system: You are a helpful assistant.
user:
Analyze the provided spectrum to determine if it is a **White Dwarf (WD)**.

A White Dwarf spectrum is defined by its **extreme purity** (due to gravitational settling) and/or **extreme pressure broadening** (due to high surface gravity). You must check for one of the following mutually exclusive signatures:

- **Key Visual Indicators (Check for ONE of these types):**

    - **1. DA-Type Signature (Most Common):**
        - **(Primary Feature):** Extreme pressure broadening (Stark broadening) of the **Hydrogen (H) Balmer lines**.
        - **(Key Lines):** $H\beta$ (approx. $4861$ Å) and $H\gamma$ (approx. $4340$ Å). $H\alpha$ (approx. $6563$ Å) will also be present if the wavelength range covers it.
        - **(Line Profile):** This is the **defining feature**. The lines are **NOT** sharp. They appear as massive, **extremely broad and deep "troughs" or "dips"** in the spectrum, often hundreds of Ångströms wide. The continuum will appear to "scoop" down at these wavelengths.
        - **(Distinction):** Normal A-type or B-type stars have *narrow* and *sharp* Hydrogen lines. A DA White Dwarf's lines are unmistakably "smeared" or "blurry" from pressure.

    - **2. DB-Type Signature:**
        - **(Primary Feature):** Broad absorption lines from **Neutral Helium (He I)**. The spectrum must lack any visible Hydrogen lines.
        - **(Key Lines):** Look for broad absorption near $4471$ Å, $4921$ Å, and $5876$ Å.
        - **(Line Profile):** These lines are also significantly pressure-broadened, appearing much wider than they would in a normal B-type main-sequence star.

    - **3. DC-Type Signature:**
        - **(Primary Feature):** A **featureless continuous spectrum**.
        - **(Line Profile):** The spectrum is a smooth curve with **no significant absorption or emission lines**.
        - **(Key Confirmation):** The continuum is almost always **blue or white**, indicating a hot object. This signature implies the atmosphere is so pure (or so cool) that no spectral lines are visible in the optical range. Its WD identity is confirmed by its extremely low intrinsic brightness (high absolute magnitude).

    - **4. DZ-Type Signature (Metal-Polluted):**
        - **(Primary Feature):** **Isolated, narrow metal absorption lines** on an otherwise featureless (DC-like) continuum.
        - **(Key Lines):** The **Calcium (Ca II) H & K doublet** (approx. **$3934$ Å** and **$3968$ Å**) is the most common and defining feature.
        - **(Line Profile):** These lines are "out of place." They are *not* part of a "forest" of thousands of lines. This signature is evidence of recent *accretion* (pollution) from rocky debris.
        - **(Distinction):** Normal G/K/M stars have a *dense forest* of thousands of metal lines. A DZ has a *clean* continuum with *only a few* strong metal lines.

    - **5. DQ-Type Signature (Carbon-Polluted):**
        - **(Primary Feature):** Absorption bands from **Carbon (C₂ "Swan Bands" or atomic C I)**.
        - **(Key Lines - C₂):** Look for bandheads with a "saw-tooth" shape near $5635$ Å, **$5165$ Å** (strongest), and $4737$ Å.
        - **(Key Confirmation):** The underlying **continuum must be blue or white** (hot).
        - **(Distinction):** This is the critical difference from a **Carbon Star**, which has the *exact same* C₂ bands but on an extremely **red, cool** continuum.

- **(Overall Spectrum):**
    - The continuum (overall shape) is typically **blue-sloping** (brighter in the blue than the red), as most white dwarfs are very hot.
    - The spectrum will look "pure" or "simple," dominated by only *one* of the five signatures listed above.

Think first, call **spectral_visualization_tool** if needed to examine features in detail, then provide your final answer. Your response must adhere to the following strict rules:
1.  **Overall Structure:** Your response must follow the format `<think>...</think> <tool_call>...</tool_call> (if a tool is used) <answer>...</answer>`.
2.  **Tool Usage Constraint:** You may only make **one** tool call per turn.
3.  **Final Answer Format:** In the `<answer>` tag, your conclusion must be inside a `\boxed{}` command (e.g., `\boxed{YES}` or `\boxed{NO}`), followed by your justification.

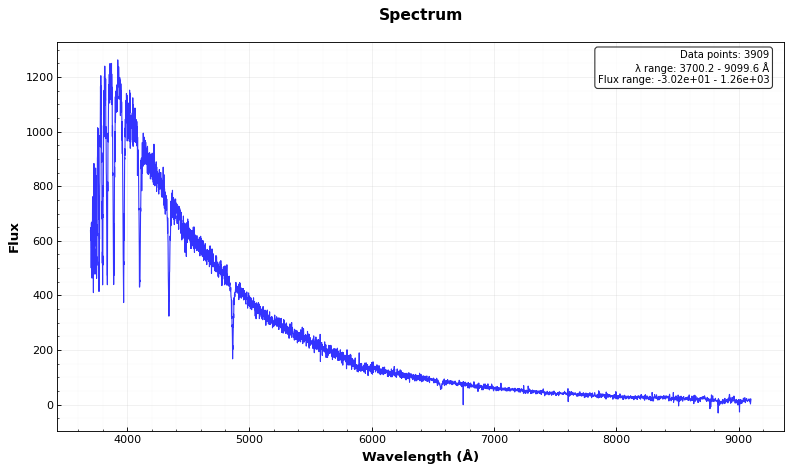
Answer: NO